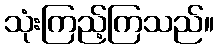
သုံးကြည့်ကြသည်။